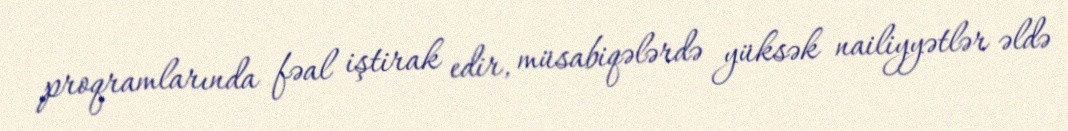
proqramlarında fəal iştirak edir, müsabiqələrdə yüksək nailiyyətlər əldə